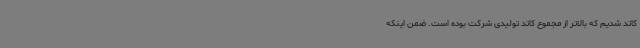
کاتد شدیم که بالاتر از مجموع کاتد تولیدی شرکت بوده است. ضمن اینکه